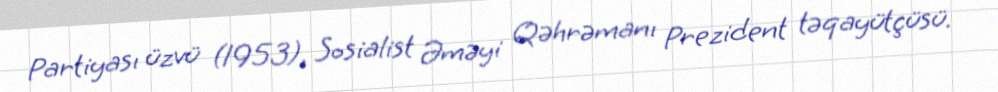
Partiyası üzvü (1953), Sosialist Əməyi Qəhrəmanı Prezident təqayütçüsü.